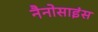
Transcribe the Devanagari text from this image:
नैनोसाइंस